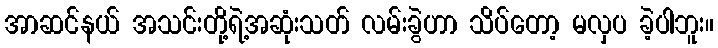
အာဆင်နယ် အသင်းတို့ရဲ့အဆုံးသတ် လမ်းခွဲဟာ သိပ်တော့ မလှပ ခဲ့ပါဘူး။